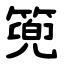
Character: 篼